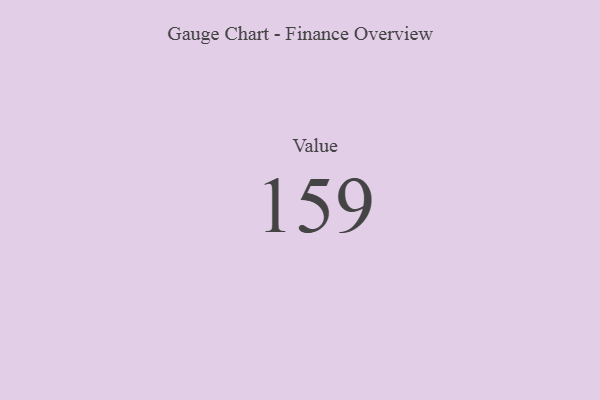
{"axis": {"x": "Metric", "y": "Value"}, "legend": [""], "data": [{"x": "Value", "y": 159, "type": ""}]}